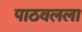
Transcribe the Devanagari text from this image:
पाठवलला